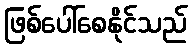
ဖြစ်ပေါ်စေနိုင်သည်